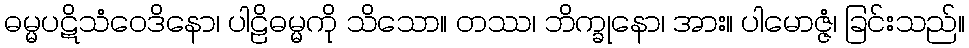
ဓမ္မပဋိသံဝေဒိနော၊ ပါဠိဓမ္မကို သိသော။ တဿ၊ ဘိက္ခုနော၊ အား။ ပါမောဇ္ဇံ၊ ခြင်းသည်။